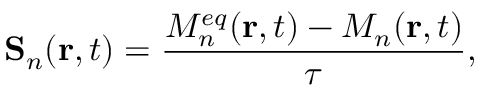
\mathbf { S } _ { n } ( \mathbf { r } , t ) = \frac { M _ { n } ^ { e q } ( \mathbf { r } , t ) - M _ { n } ( \mathbf { r } , t ) } { \tau } ,